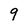
Character: 9